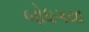
બોધગયા